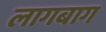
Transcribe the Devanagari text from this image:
लागबाग